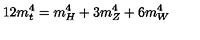
1 2 m _ { t } ^ { 4 } = m _ { H } ^ { 4 } + 3 m _ { Z } ^ { 4 } + 6 m _ { W } ^ { 4 }